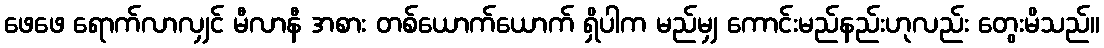
ဖေဖေ ရောက်လာလျှင် မီလာနီ အစား တစ်ယောက်ယောက် ရှိပါက မည်မျှ ကောင်းမည်နည်းဟုလည်း တွေးမိသည်။